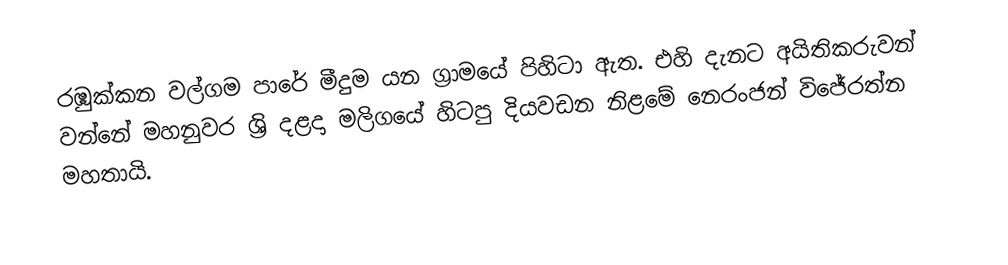
රඹුක්කන වල්ගම පාරේ මීදුම යන ග්‍රාමයේ පිහිටා ඇත. එහි දැනට අයිතිකරුවන් වන්නේ මහනුවර ශ්‍රි දළදා මලිගයේ හිටපු දියවඩන නිළමේ නෙරංජන් විජේරත්න මහතායි.